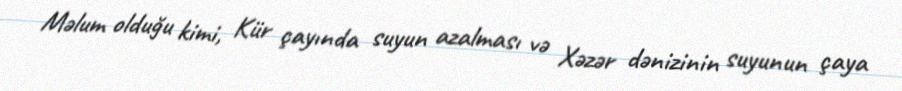
Məlum olduğu kimi, Kür çayında suyun azalması və Xəzər dənizinin suyunun çaya